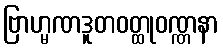
ဗြာဟ္မဏဒူတဝတ္ထုဝဏ္ဏနာ